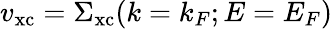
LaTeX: v_{\mathrm{xc}}=\Sigma_{\mathrm{xc}}(k=k_{F};E=E_{F})